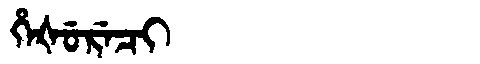
Manchu: ᡥᡝᡧᡠᡵᡝᠴᡳ
Romanization: HEŠURECI